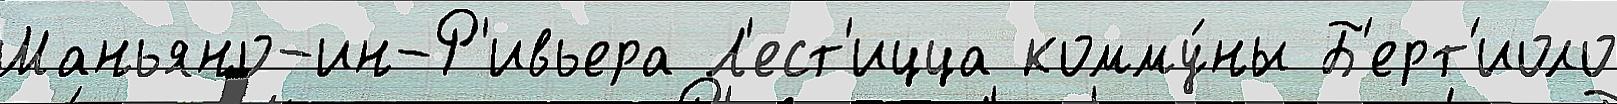
Маньяно-ин-Р'ивьера Л'ест'ицца комму́ны Б'ерт'иоло